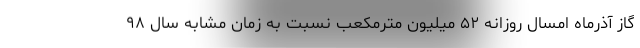
گاز آذرماه امسال روزانه ۵۲ میلیون مترمکعب نسبت به زمان مشابه سال ۹۸